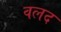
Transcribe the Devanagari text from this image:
वलद